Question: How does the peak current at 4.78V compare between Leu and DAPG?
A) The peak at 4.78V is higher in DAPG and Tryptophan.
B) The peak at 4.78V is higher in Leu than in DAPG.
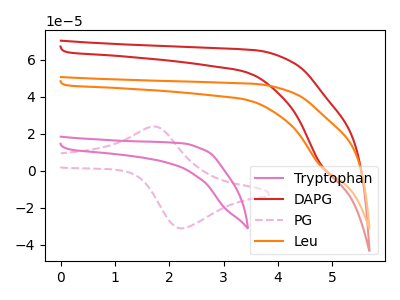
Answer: <think>The pink curve "Tryptophan" has no peaks. The red curve "DAPG" has a cathodic peak at: (4.80V, 3.75uA). The pink dashed curve "PG" has an anodic peak at (1.70V, 23.95uA) and a cathodic peak at (2.25V, -31.10uA). The orange curve "Leu" has a cathodic peak at: (4.80V, 2.70uA).</think>
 <answer>B) The peak at 4.78V is higher in "Leu" than in "DAPG".</answer>
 <eval>B</eval>